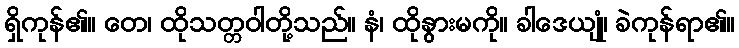
ရှိကုန်၏။ တေ၊ ထိုသတ္တဝါတို့သည်။ နံ၊ ထိုနွားမကို။ ခါဒေယျုံ၊ ခဲကုန်ရာ၏။